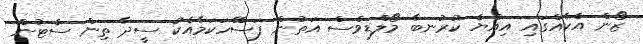
ޒޯން އެކެއްގައި އިއްޔެ ކުރުނބާ މޯލްޑިވްސް އަތުން ފަސޭހަކަމާއެކު ސީދާ ތިން ސެޓުން